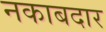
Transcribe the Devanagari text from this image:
नकाबदार